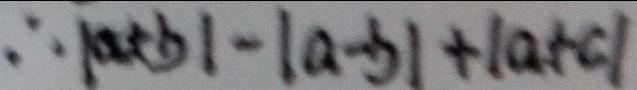
\therefore \vert a + b \vert - \vert a - b \vert + \vert a + c \vert